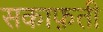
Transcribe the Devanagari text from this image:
सकाफ़ती